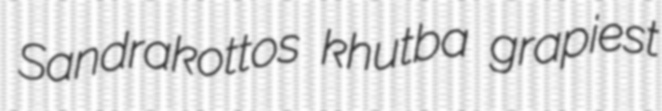
Sandrakottos khutba grapiest